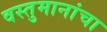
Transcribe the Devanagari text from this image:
वस्तुमानांचा